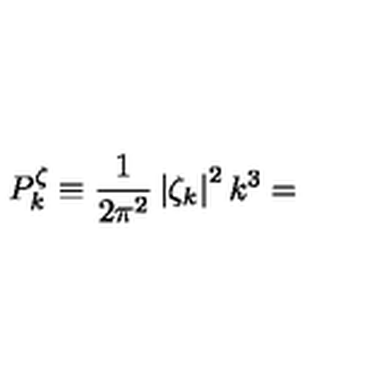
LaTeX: P _ { k } ^ { \zeta } \equiv \frac { 1 } { 2 \pi ^ { 2 } } \left| \zeta _ { k } \right| ^ { 2 } k ^ { 3 } =